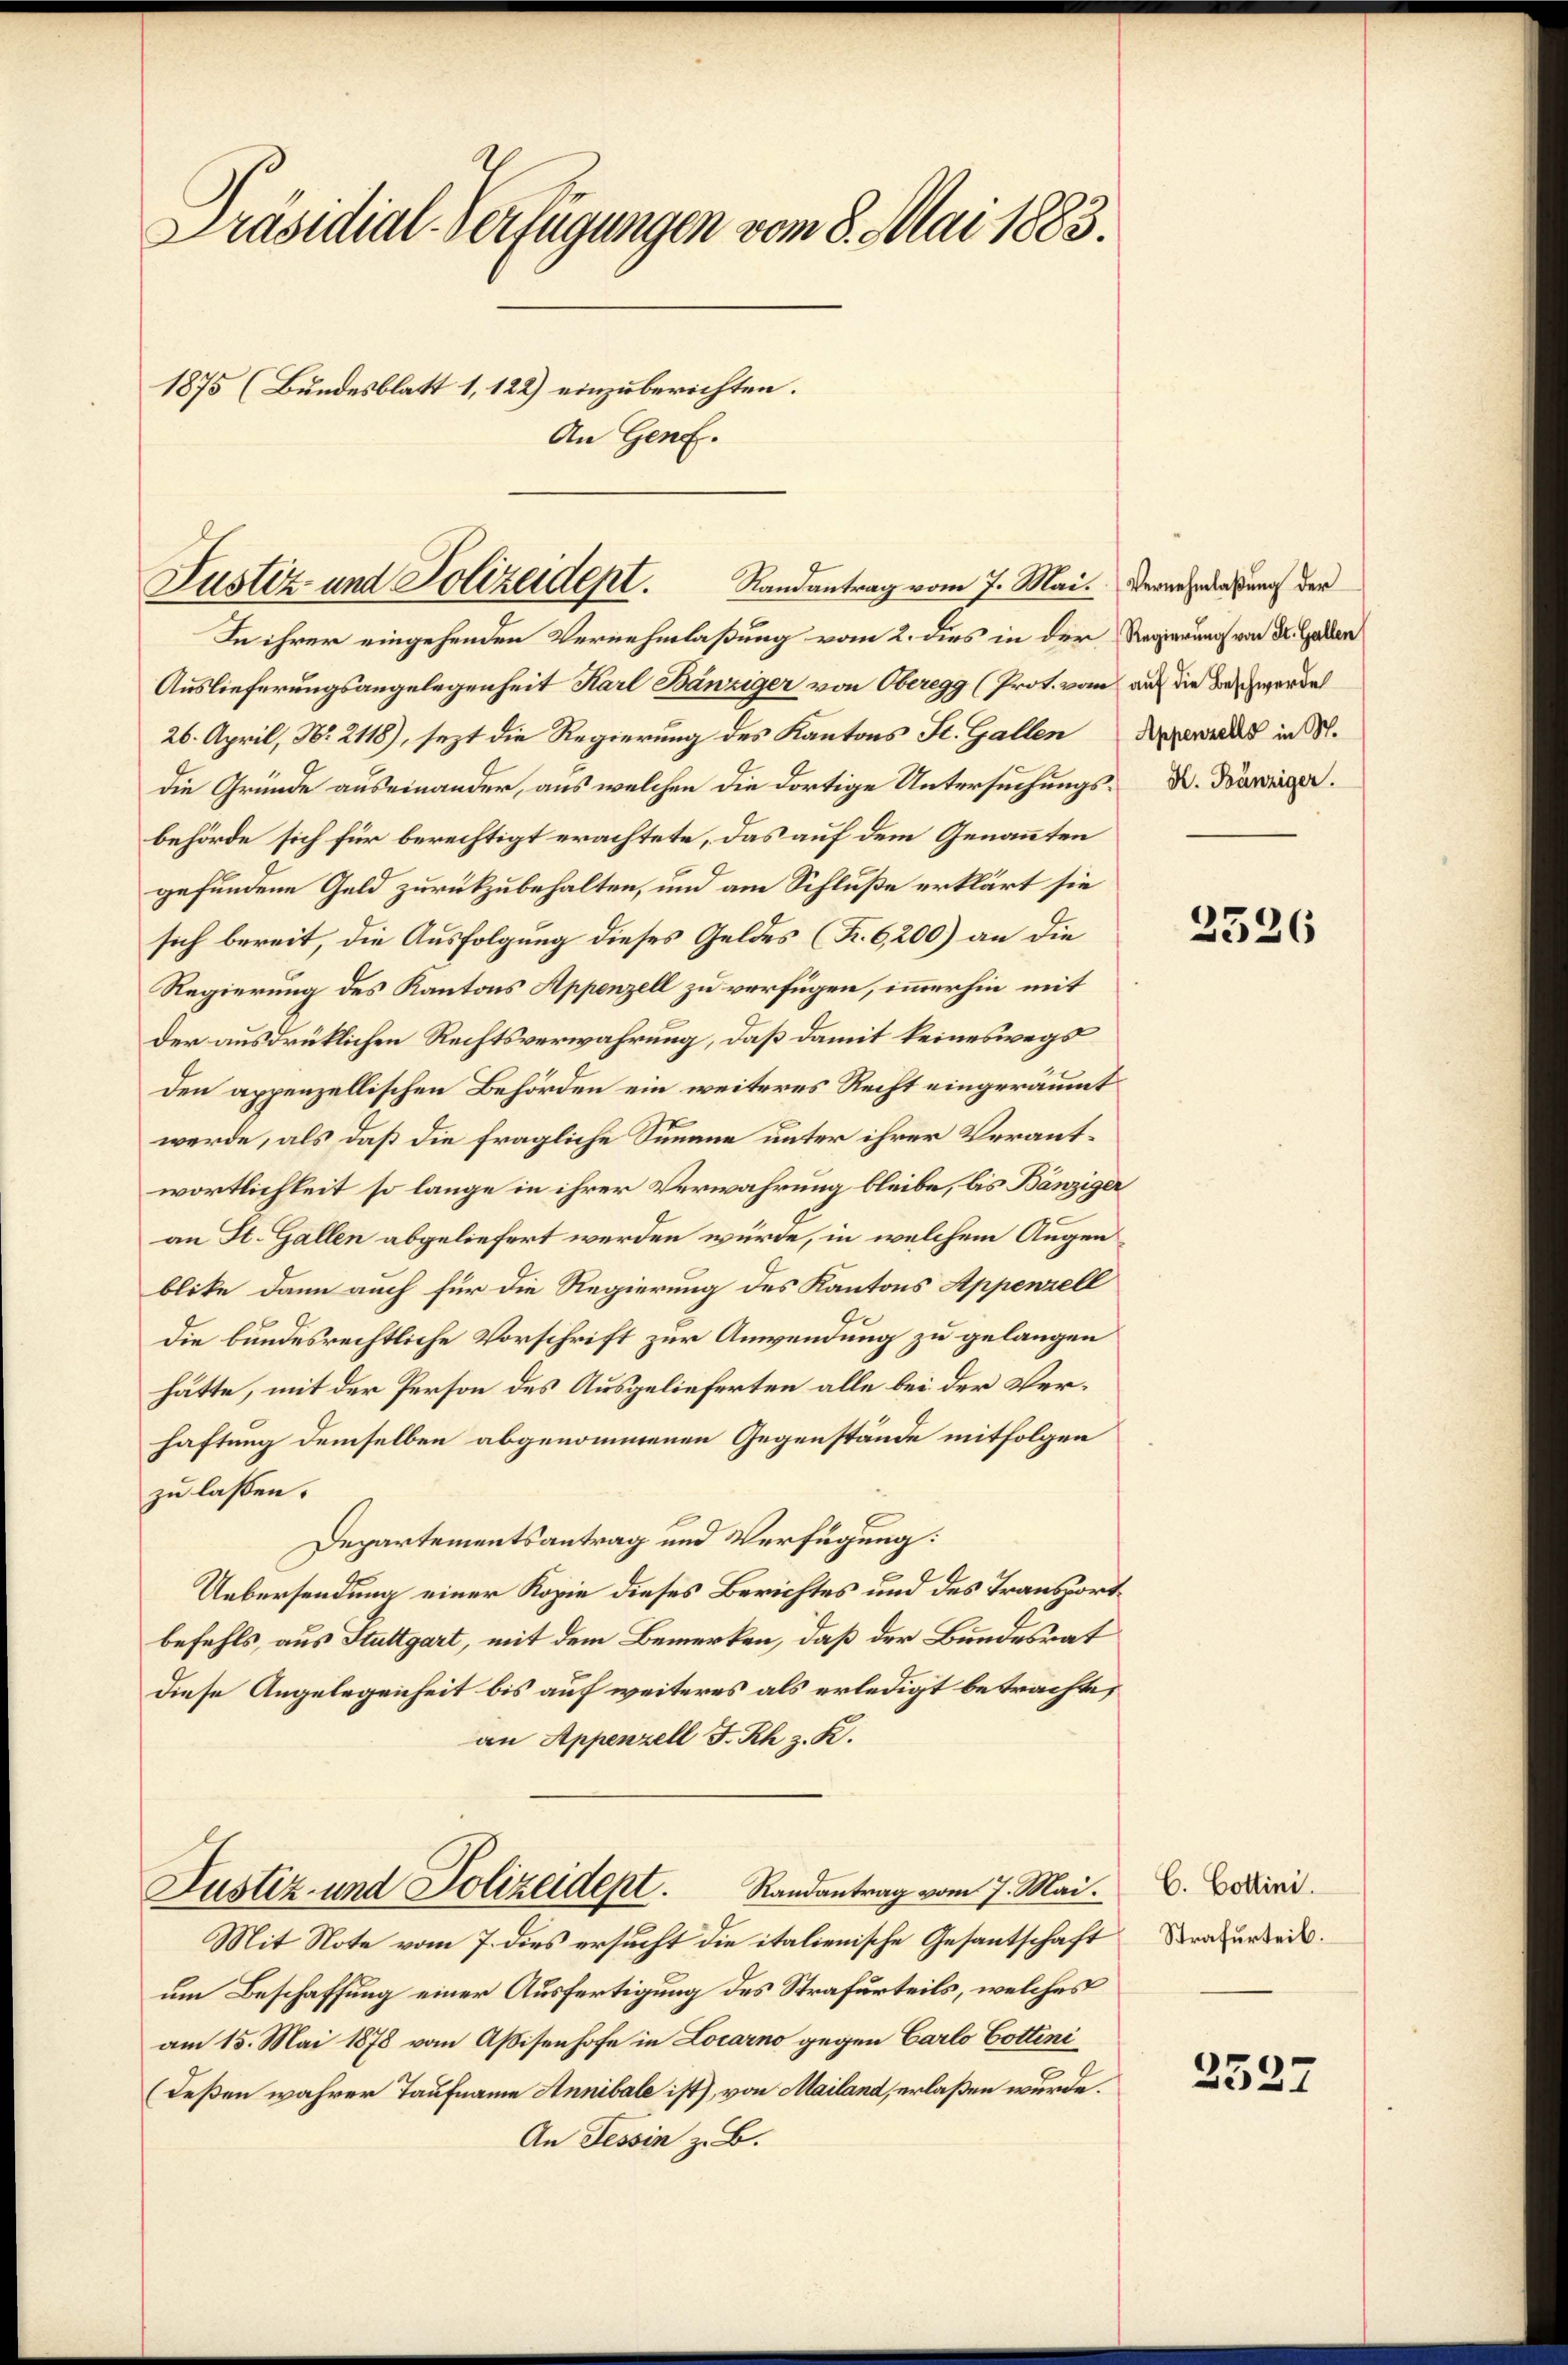
Präsidial-Verfügungen vom 8. Mai 1883.
1875 (Bundesblatt 1,122) einzuberichten.
An Genf.

Justiz- und Polizeident. Randantrag vom 7. Mai. Dernderung der

In ihrer eingehenden Vernehmlassung vom 2. dies in der Regierung von Dr. Gaden
Auslieferungsangelegenheit Karl Bänziger von Oberegg (Prot. vom auf die Beschwerde
26. April, No. 2118), sezt die Regierung des Kantons St. Gallen Appers in M.
die Gründe auseinander, aus welchen die dortige Untersuchungsbehörde sich für berechtigt erachtete, das auf dem Genannten
gefundene Geld zurückzubehalten, und am Schluße erklärt sie
sich bereit, die Ausfolgung dieses Geldes (F. 6,200) an die
Regierung des Kantons Appenzell zu verfügen, immerhin mit
der ausdrücklichen Rechtsverwahrung, daß damit keineswegs
den appenzellischen Behörden ein weiteres Recht eingeräumt
werde, als daß die fragliche Summe unter ihrer Verantwortlichkeit so lange in ihrer Verwahrung bleibe, bis Bänziger
an St. Gallen abgeliefert werden würde, in welchem Augen
blike dann auch für die Regierung des Kantons Appenzell
Die bundesrechtliche Vorschrift zur Anwendung zu gelangen
hätte, mit der Person des Ausgelieferten alle bei der Verhaftung demselben abgenommenen Gegenstände mitfolgen
zu lassen.
Departementsantrag und Verfügung:
Uebersendung einer Kopie dieses Berichtes und des Transportbefehls, aus Stuttgart, mit dem Bemerken, daß der Bundesrat
diese Angelegenheit bis auf weiteres als erledigt betrachte,
an Appenzell F. Rh z. K.
Justiz- und Polizeidept. Randantrag vom 7. Mai.
Mit Note vom 7. dies ersucht die italienische Gesantschaft
um Beschaffung einer Ausfertigung des Strafurteils, welches
am 15. Mai 1878 vom Assisenhofe in Locarno gegen Carlo Cottini
(deßen wahrer Taufname Annibale ist), von Mailand, erlaßen wurde.
An Tessin z. B.

X. Bänziger.

2526

C. Cottini.
Strafurteil.

2327